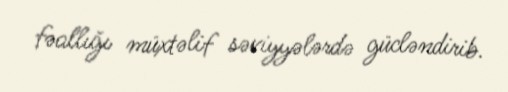
fəallığı müxtəlif səviyyələrdə gücləndirib.